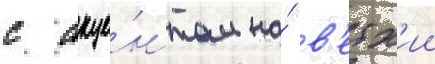
с акце́нтом на́ в'етх'ии